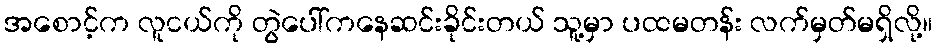
အစောင့်က လူငယ်ကို တွဲပေါ်ကနေဆင်းခိုင်းတယ် သူ့မှာ ပထမတန်း လက်မှတ်မရှိလို့။